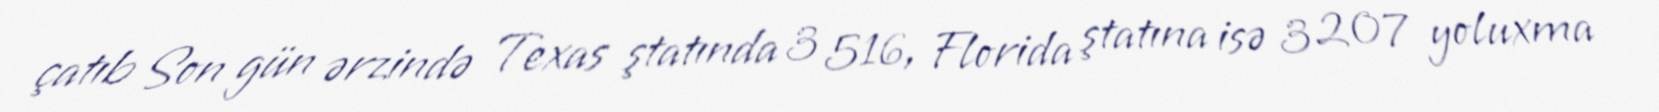
çatıb Son gün ərzində Texas ştatında 3 516, Florida ştatına isə 3 207 yoluxma